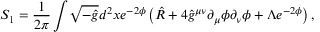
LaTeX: S _ { 1 } = \frac { 1 } { 2 \pi } \int \! \sqrt { - \hat { g } } d ^ { 2 } x e ^ { - 2 \phi } \left( \hat { R } + 4 \hat { g } ^ { \mu \nu } \partial _ { \mu } \phi \partial _ { \nu } \phi + \Lambda e ^ { - 2 \phi } \right) ,